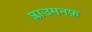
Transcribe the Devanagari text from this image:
प्लाउमनफ़